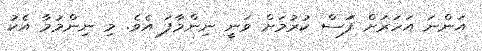
އަންނަ އަހަރަށް ފަަސް ކުރުމަށް ވަނީ ނިންމާފަ އެވެ. މި ނިންމުމާ އެކު